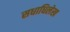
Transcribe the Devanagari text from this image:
सधाधिलेख